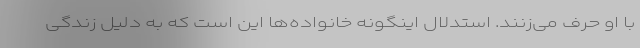
با او حرف می‌زنند. استدلال اینگونه خانواده‌ها این است که به دلیل زندگی